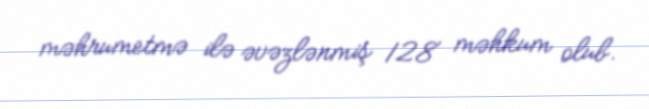
məhrumetmə ilə əvəzlənmiş 128 məhkum olub.